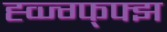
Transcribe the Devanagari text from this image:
ह्व्ज्ग्फ्फ्झ